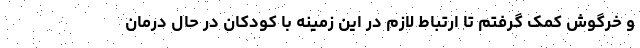
و خرگوش کمک گرفتم تا ارتباط لازم در این زمینه با کودکان در حال درمان